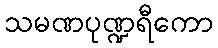
သမဏပုဏ္ဍရီကော